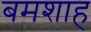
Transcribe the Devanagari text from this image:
बमशाह